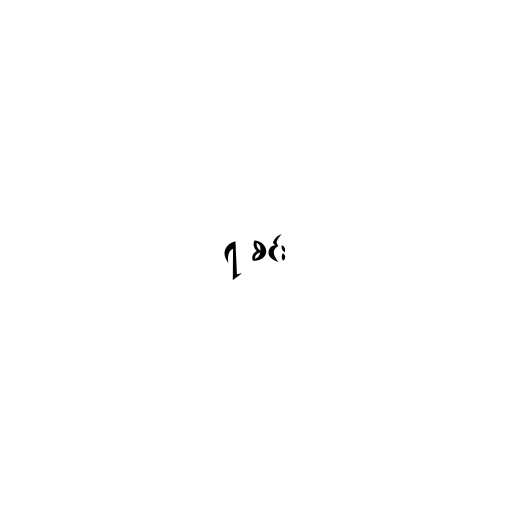
၇ စင်း